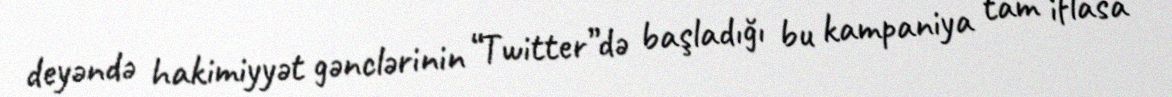
deyəndə hakimiyyət gənclərinin “Twitter”də başladığı bu kampaniya tam iflasa